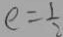
e = \frac { 1 } { 2 }